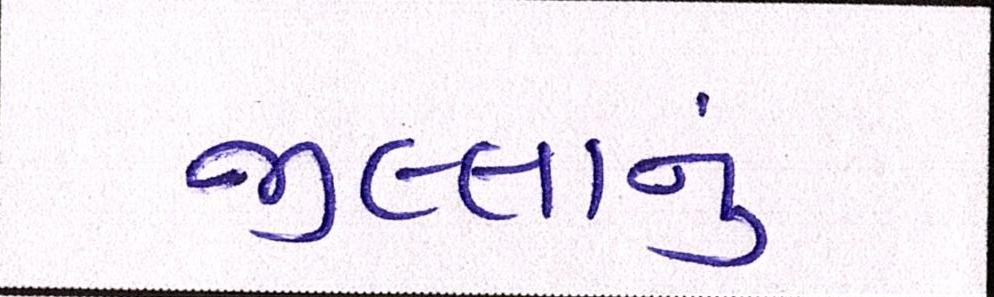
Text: જીલ્લાનું